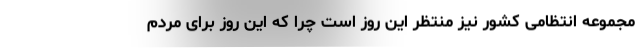
مجموعه انتظامی کشور نیز منتظر این روز است چرا که این روز برای مردم